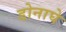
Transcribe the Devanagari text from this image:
डोनाघे